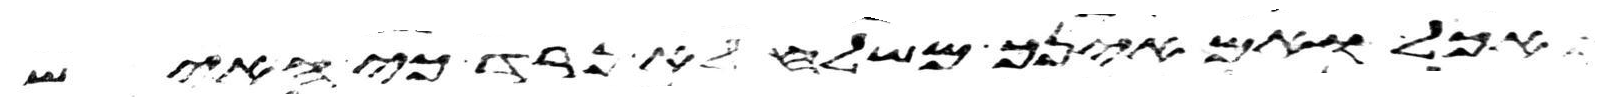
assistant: אכל ואם אינך משלח לא נרד כי האיש